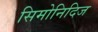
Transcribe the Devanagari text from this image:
सिमोनिदिज